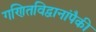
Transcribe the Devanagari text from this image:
गणितविद्वानांपैकी